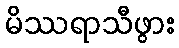
မိဿရာသီဖွား